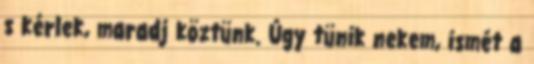
s kérlek, maradj köztünk. Úgy tünik nekem, ismét a